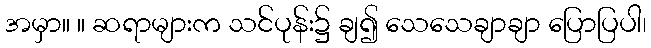
အမှာ။ ။ ဆရာများက သင်ပုန်း၌ ချ၍ သေသေချာချာ ပြောပြပါ၊